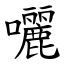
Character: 囇